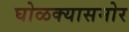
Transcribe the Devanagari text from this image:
घोळक्यासमोर